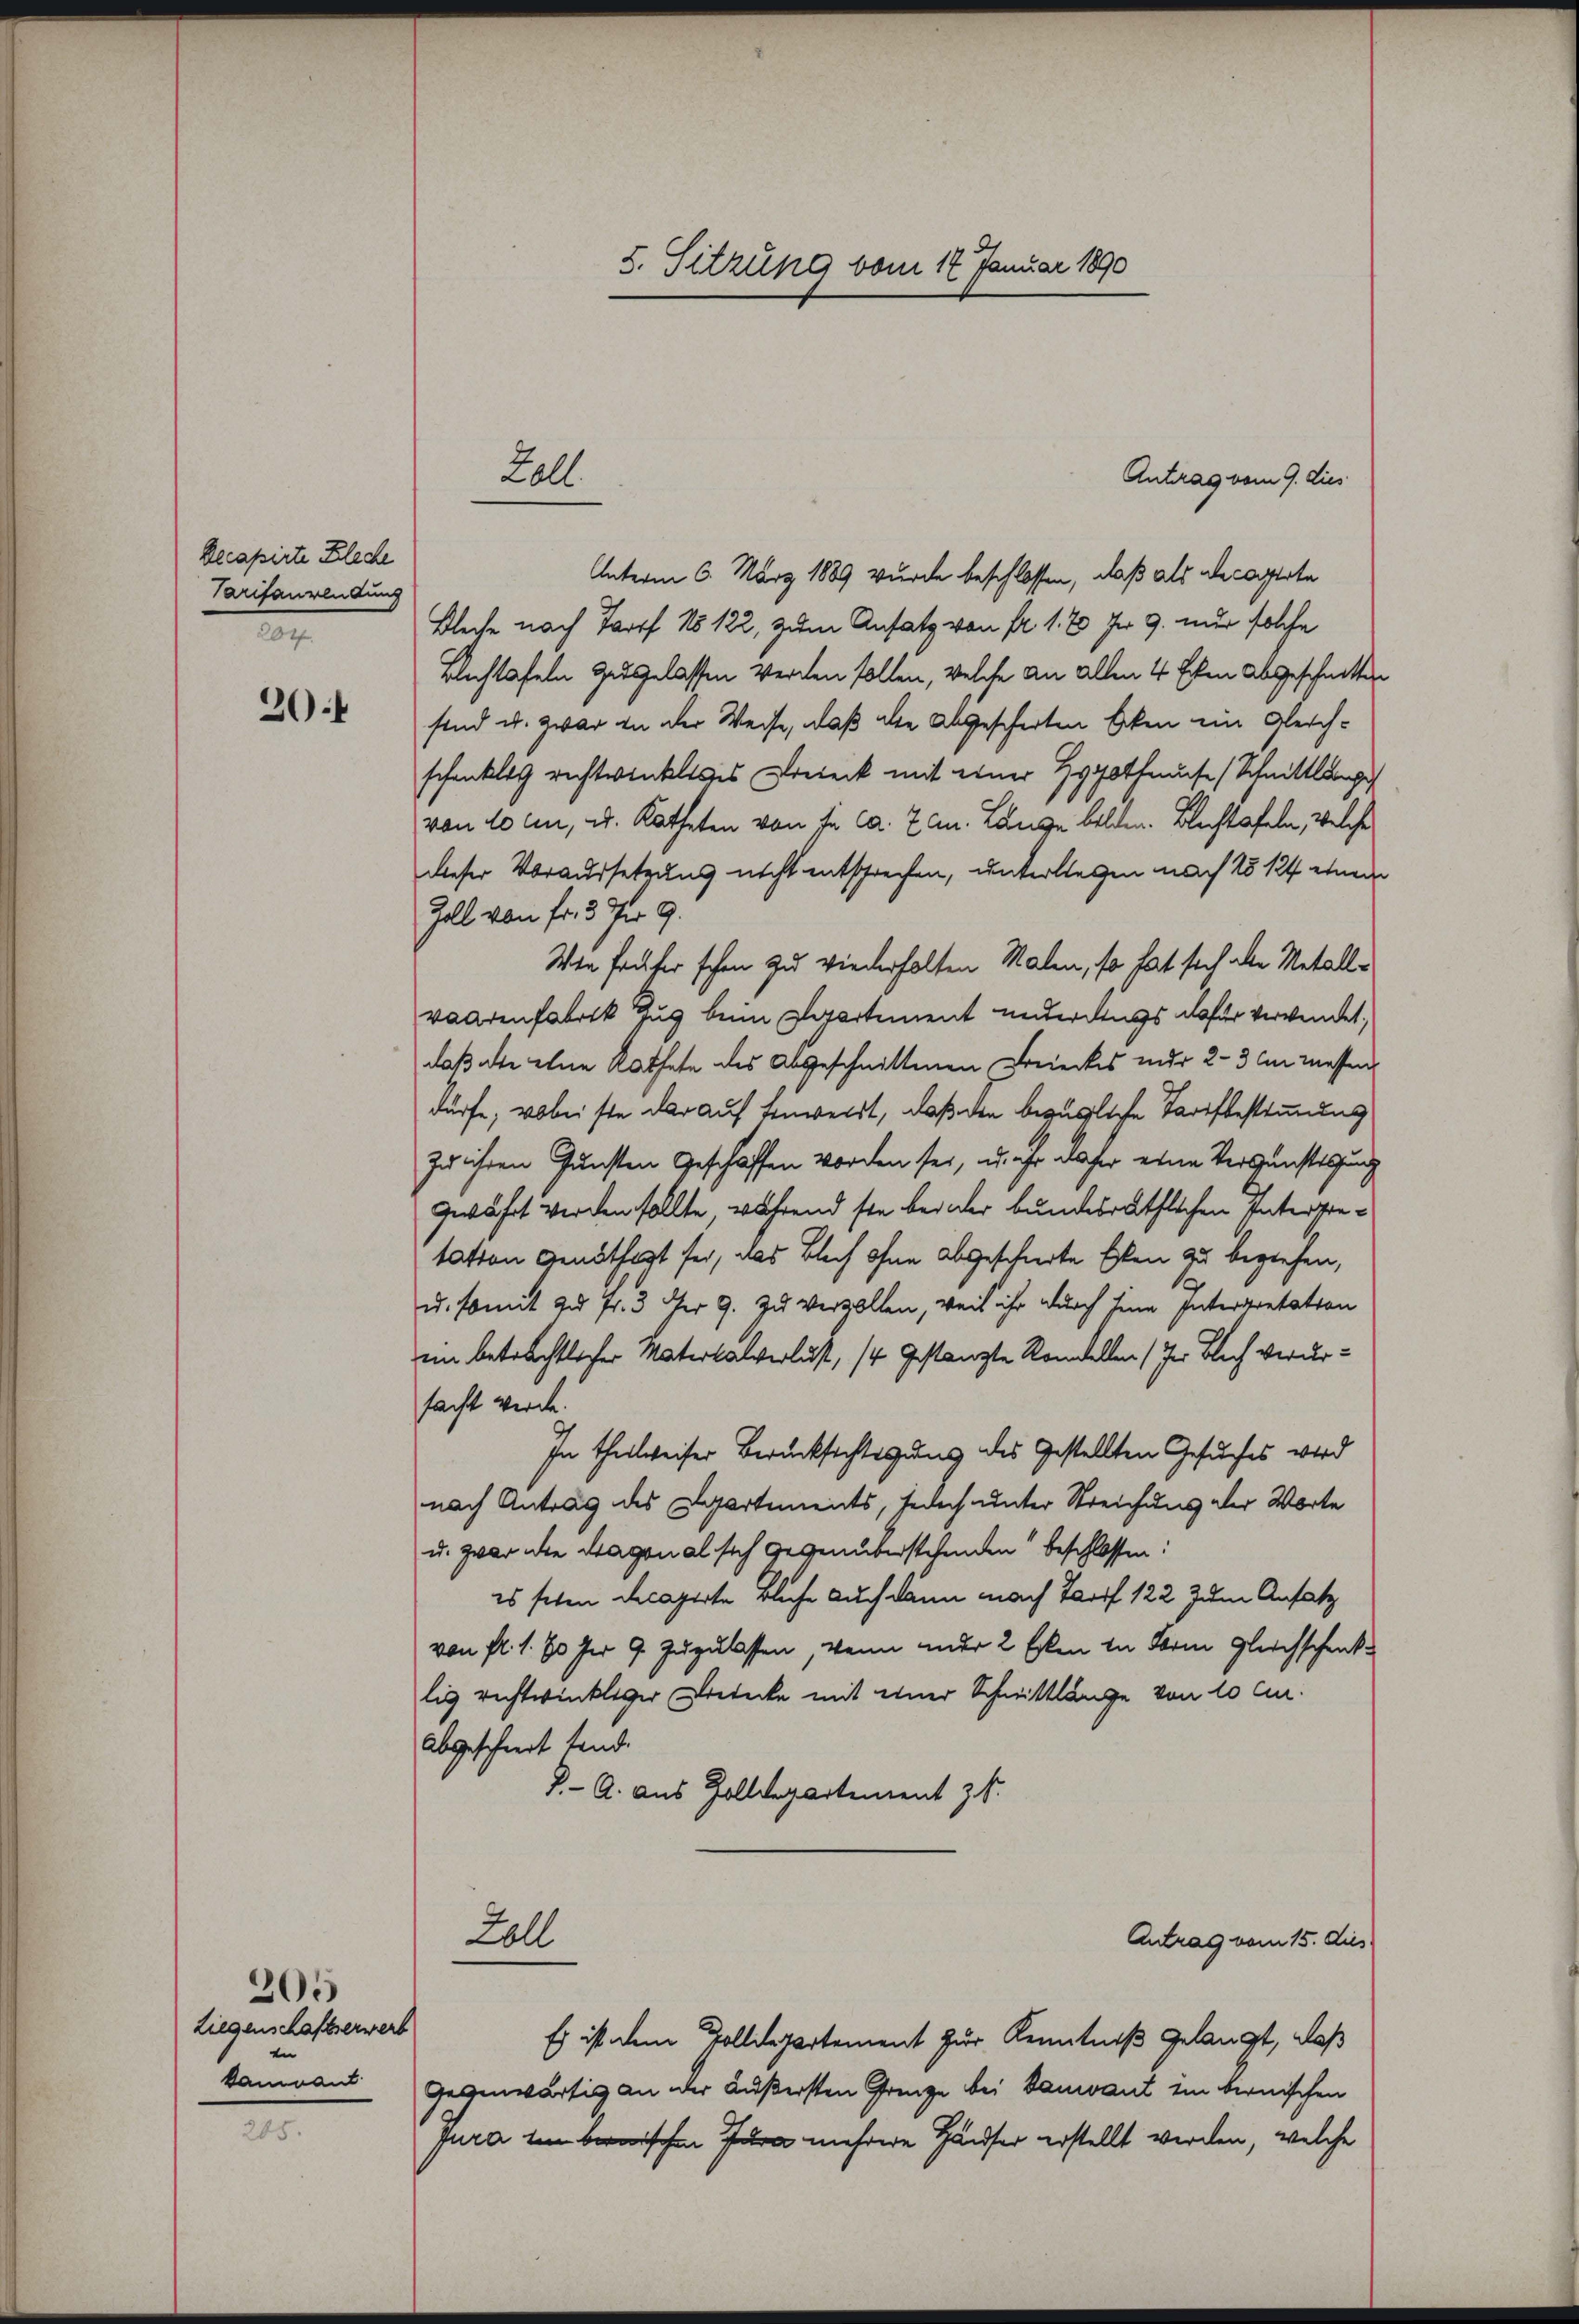
Becapirte Bleche
Tarifanwendung
2

204

205
Liegenschaftserwerb
kamvant

Lall

5. Sitzung vom 17. Januar 1890

Antrag vom 9. dies
Unterm 6. März 1889 wurde beschlossen, daß als Decaperte
Bleche nach Torf No 122, zum Ansatz von fr. 1. E Ir 9. nur solche
Blechtafeln zugelassen werden sollen, welche an allen 4 Ecken abgeschnitten
sind u. zwar in der Weise, daß alle abgescherten Oken ein Gleichschenklich rechtwinklages Dreieck mit einer Hypothmüse (Schmittlange
von 10 an, u. Katheten von in ca. 2 an. Lange bilden. Blechtafeln, welche
dieser Voraussetzung nicht entsprechen, unterliegen nach No 124 einem
Zoll von fr. 3 der 9.
Wie früher schon zu wiederholten Malen, so hat sich aber Netallwaarenfabrik Zug beim Paartement unterdings dafür verwendet,
daß alte eine Kathete des Abgeschnittenen Beieckes nur 2-3 in messen
dürfe, wobei ste darauf Einweidt, daß den bezügliche Tarifbestimmung
zu ihren Gunsten Geschaffen worden sei, u. ihr daher eine Vergünstigung
gewährt werden sollte, während sie beider bundesräthlichen Interstetatten genöthigt sei, was Blech ohne abgeschierte Elen zu beziehen,
u. somit zu Fr. 3 der 9. zu verzollen, weil ihr durch seine Interpretation
ein beträchtlicher Materkalverlust, 14 gestanzte Ramellen (in Blech verurfacht werde.
In theilweiser Berücksichtigung des Gestellten Gesuches wird
nach Antrag des Departements, jedoch unter Streichung der Worte
u. zwar die Stagonal sich gegenüberstehenden beschlossen:
es sehen Decaperte bliche auch dann nach Tauff 122 zum Ansatz
von fl. 1. 60 der 9. zuzulassen, wenn ander 2 Erken in Form gleichschenk
lis rechtwinkliger Bedecke mit einer Schmittlänge von 10 Cur.
abgeschiert tend.
P. - A. aus Zolldepartement z.
Fall
Antrag vom 15. dies
Es ist dem Pollisepartement zur Kenntniß gelangt, daß
Gegenwärtig an der äußersten Grenze bei Banant ein bernischen
Jura ten berischen Jura mehrere Häuser erstellt werden, welche